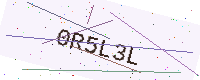
Text: 0R5L3L